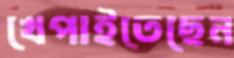
খেপাইতেছেন